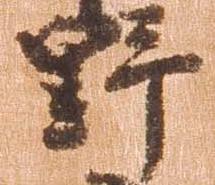
野